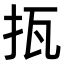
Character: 㧚